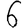
Digit: 6